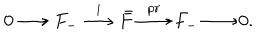
0 \longrightarrow F _ { - } \stackrel { i } { \longrightarrow } \bar { F } \stackrel { p r } { \longrightarrow } F _ { - } \longrightarrow 0 .